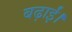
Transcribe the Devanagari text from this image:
बढ़ाईं।